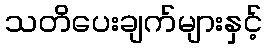
သတိပေးချက်များနှင့်